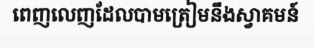
ពេញលេញដែលបាមត្រៀមនឹងស្វាគមន៍